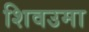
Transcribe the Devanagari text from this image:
शिवउमा